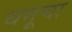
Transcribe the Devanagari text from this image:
धनूचा